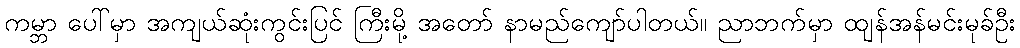
ကမ္ဘာ ပေါ်မှာ အကျယ်ဆုံးကွင်းပြင် ကြီးမို့ အတော် နာမည်ကျော်ပါတယ်။ ညာဘက်မှာ ထျန်အန်မင်းမုခ်ဦး